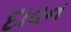
દાવન